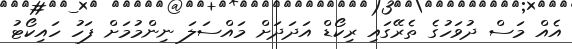
އެއް މަސް ދުވަހުގެ ތެރޭގައި ރިކޯޑް އަދަދަށް މައްސަލަ ނިންމުމަށް ފަހު ހައިކޯޓު